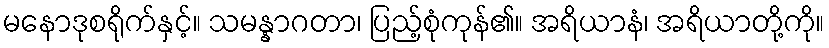
မနောဒုစရိုက်နှင့်။ သမန္နာဂတာ၊ ပြည့်စုံကုန်၏။ အရိယာနံ၊ အရိယာတို့ကို။